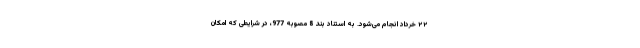
۲۲ خرداد انجام می‌شود. به استناد بند 8 مصوبه 977، در شرایطی که امکان